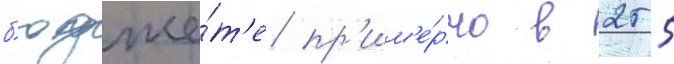
б'юдже́т'е пр'им'е́рно в 255